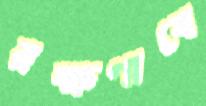
রক্ষণাবে